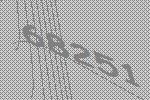
68251